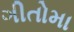
ગીતોમા